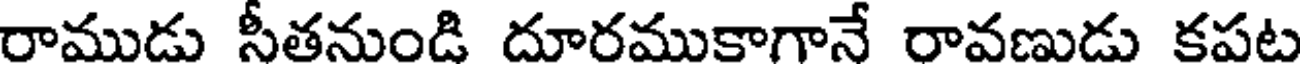
రాముడు సీతనుండి దూరముకాగానే రావణుడు కపట